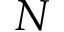
N